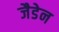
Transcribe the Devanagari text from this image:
जैडेन